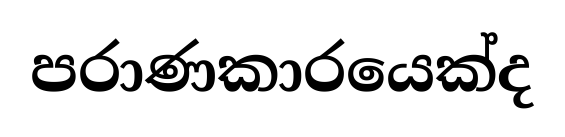
පරාණකාරයෙක්ද